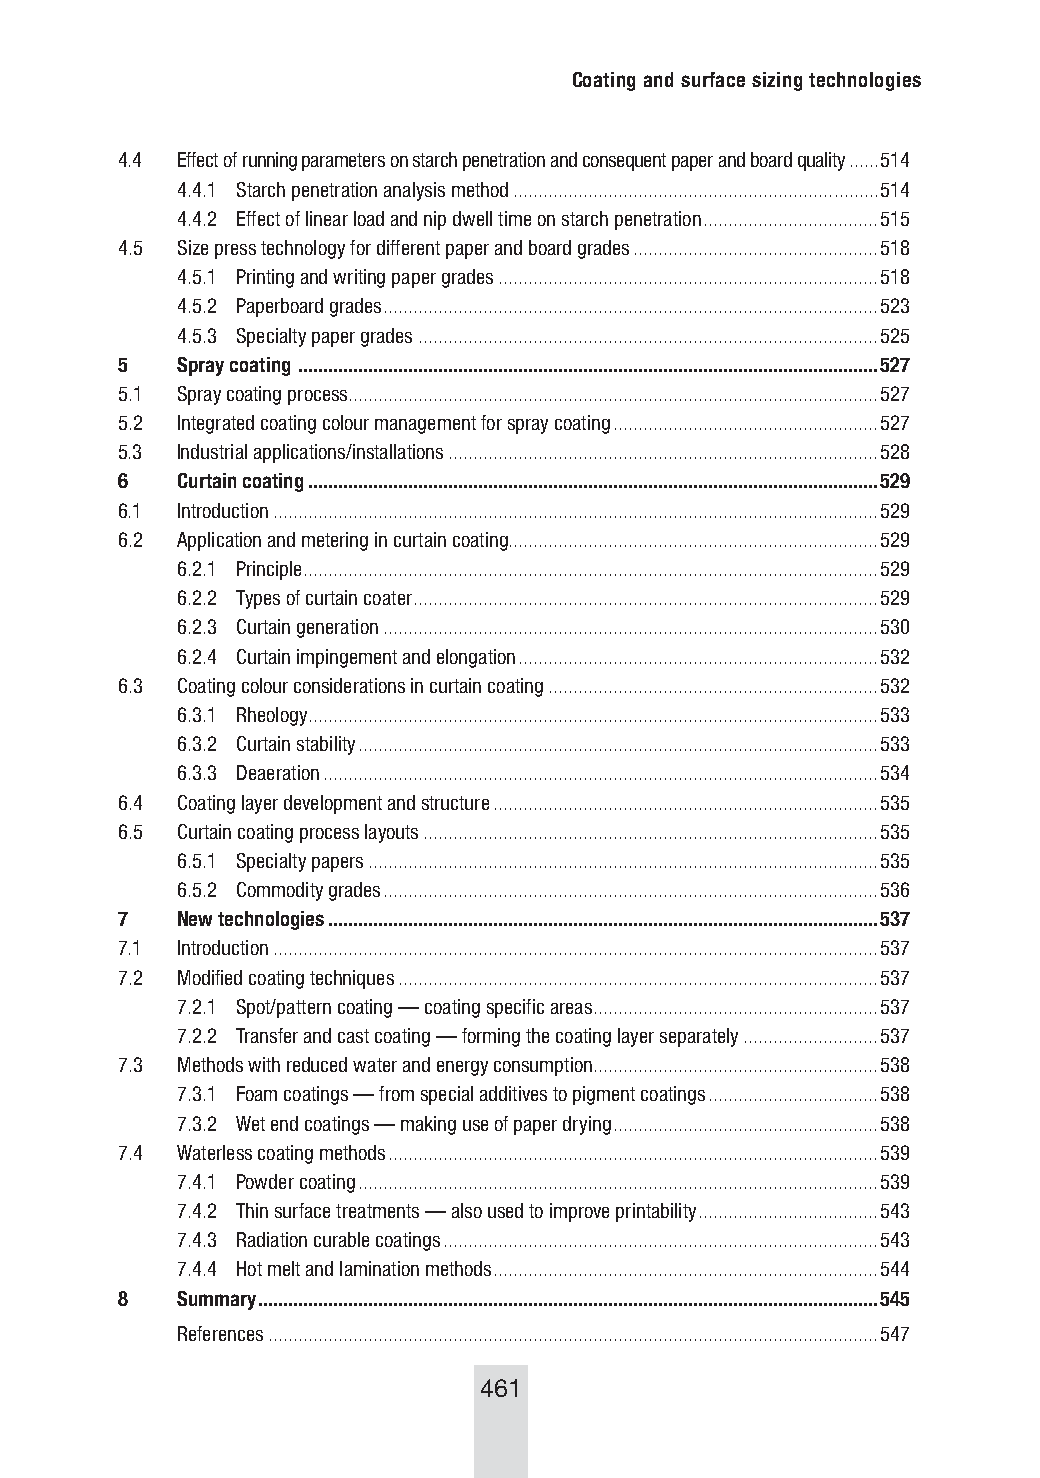
Coating and surface sizing technologies
 4.4 Effect of running parameters on starch penetration and consequent paper and board quality ......514
 4.4.1 Starch penetration analysis method .........................................................................514
 4.4.2 Effect of linear load and nip dwell time on starch penetration ...................................515
 4.5 Size press technology for different paper and board grades .................................................518
 4.5.1 Printing and writing paper grades ............................................................................518
 4.5.2 Paperboard grades ...................................................................................................523
 4.5.3 Specialty paper grades ............................................................................................525
 5   Spray coating ....................................................................................................................527
 5.1 Spray coating process ..........................................................................................................527
 5.2 Integrated coating colour management for spray coating .....................................................527
 5.3 Industrial applications/installations ......................................................................................528
 6   Curtain coating ..................................................................................................................529
 6.1 Introduction .........................................................................................................................529
 6.2 Application and metering in curtain coating..........................................................................529
 6.2.1 Principle ...................................................................................................................529
 6.2.2 Types of curtain coater .............................................................................................529
 6.2.3 Curtain generation ...................................................................................................530
 6.2.4 Curtain impingement and elongation ........................................................................532
 6.3 Coating colour considerations in curtain coating ..................................................................532
 6.3.1 Rheology ..................................................................................................................533
 6.3.2 Curtain stability ........................................................................................................533
 6.3.3 Deaeration ...............................................................................................................534
 6.4 Coating layer development and structure .............................................................................535
 6.5 Curtain coating process layouts ...........................................................................................535
 6.5.1 Specialty papers ......................................................................................................535
 6.5.2 Commodity grades ...................................................................................................536
 7   New technologies ..............................................................................................................537
 7.1 Introduction .........................................................................................................................537
 7.2 Modified coating techniques ................................................................................................537
 7.2.1 Spot/pattern coating — coating specific areas .........................................................537
 7.2.2 Transfer and cast coating — forming the coating layer separately ...........................537
 7.3 Methods with reduced water and energy consumption .........................................................538
 7.3.1 Foam coatings — from special additives to pigment coatings ..................................538
 7.3.2 Wet end coatings — making use of paper drying .....................................................538
 7.4 Waterless coating methods ..................................................................................................539
 7.4.1 Powder coating ........................................................................................................539
 7.4.2 Thin surface treatments — also used to improve printability ....................................543
 7.4.3 Radiation curable coatings .......................................................................................543
 7.4.4 Hot melt and lamination methods .............................................................................544
 8   Summary ............................................................................................................................545
 References ..........................................................................................................................547
 461